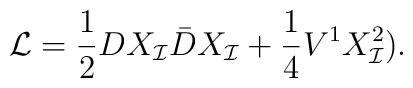
{\cal L}=\frac{{1}}{2}DX_{\cal I}\bar{D} X_{\cal I} +\frac{1}{4}V^1 X^2_{\cal I}).